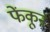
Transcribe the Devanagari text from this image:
फेंकून